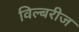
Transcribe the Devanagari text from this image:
विल्बरीज